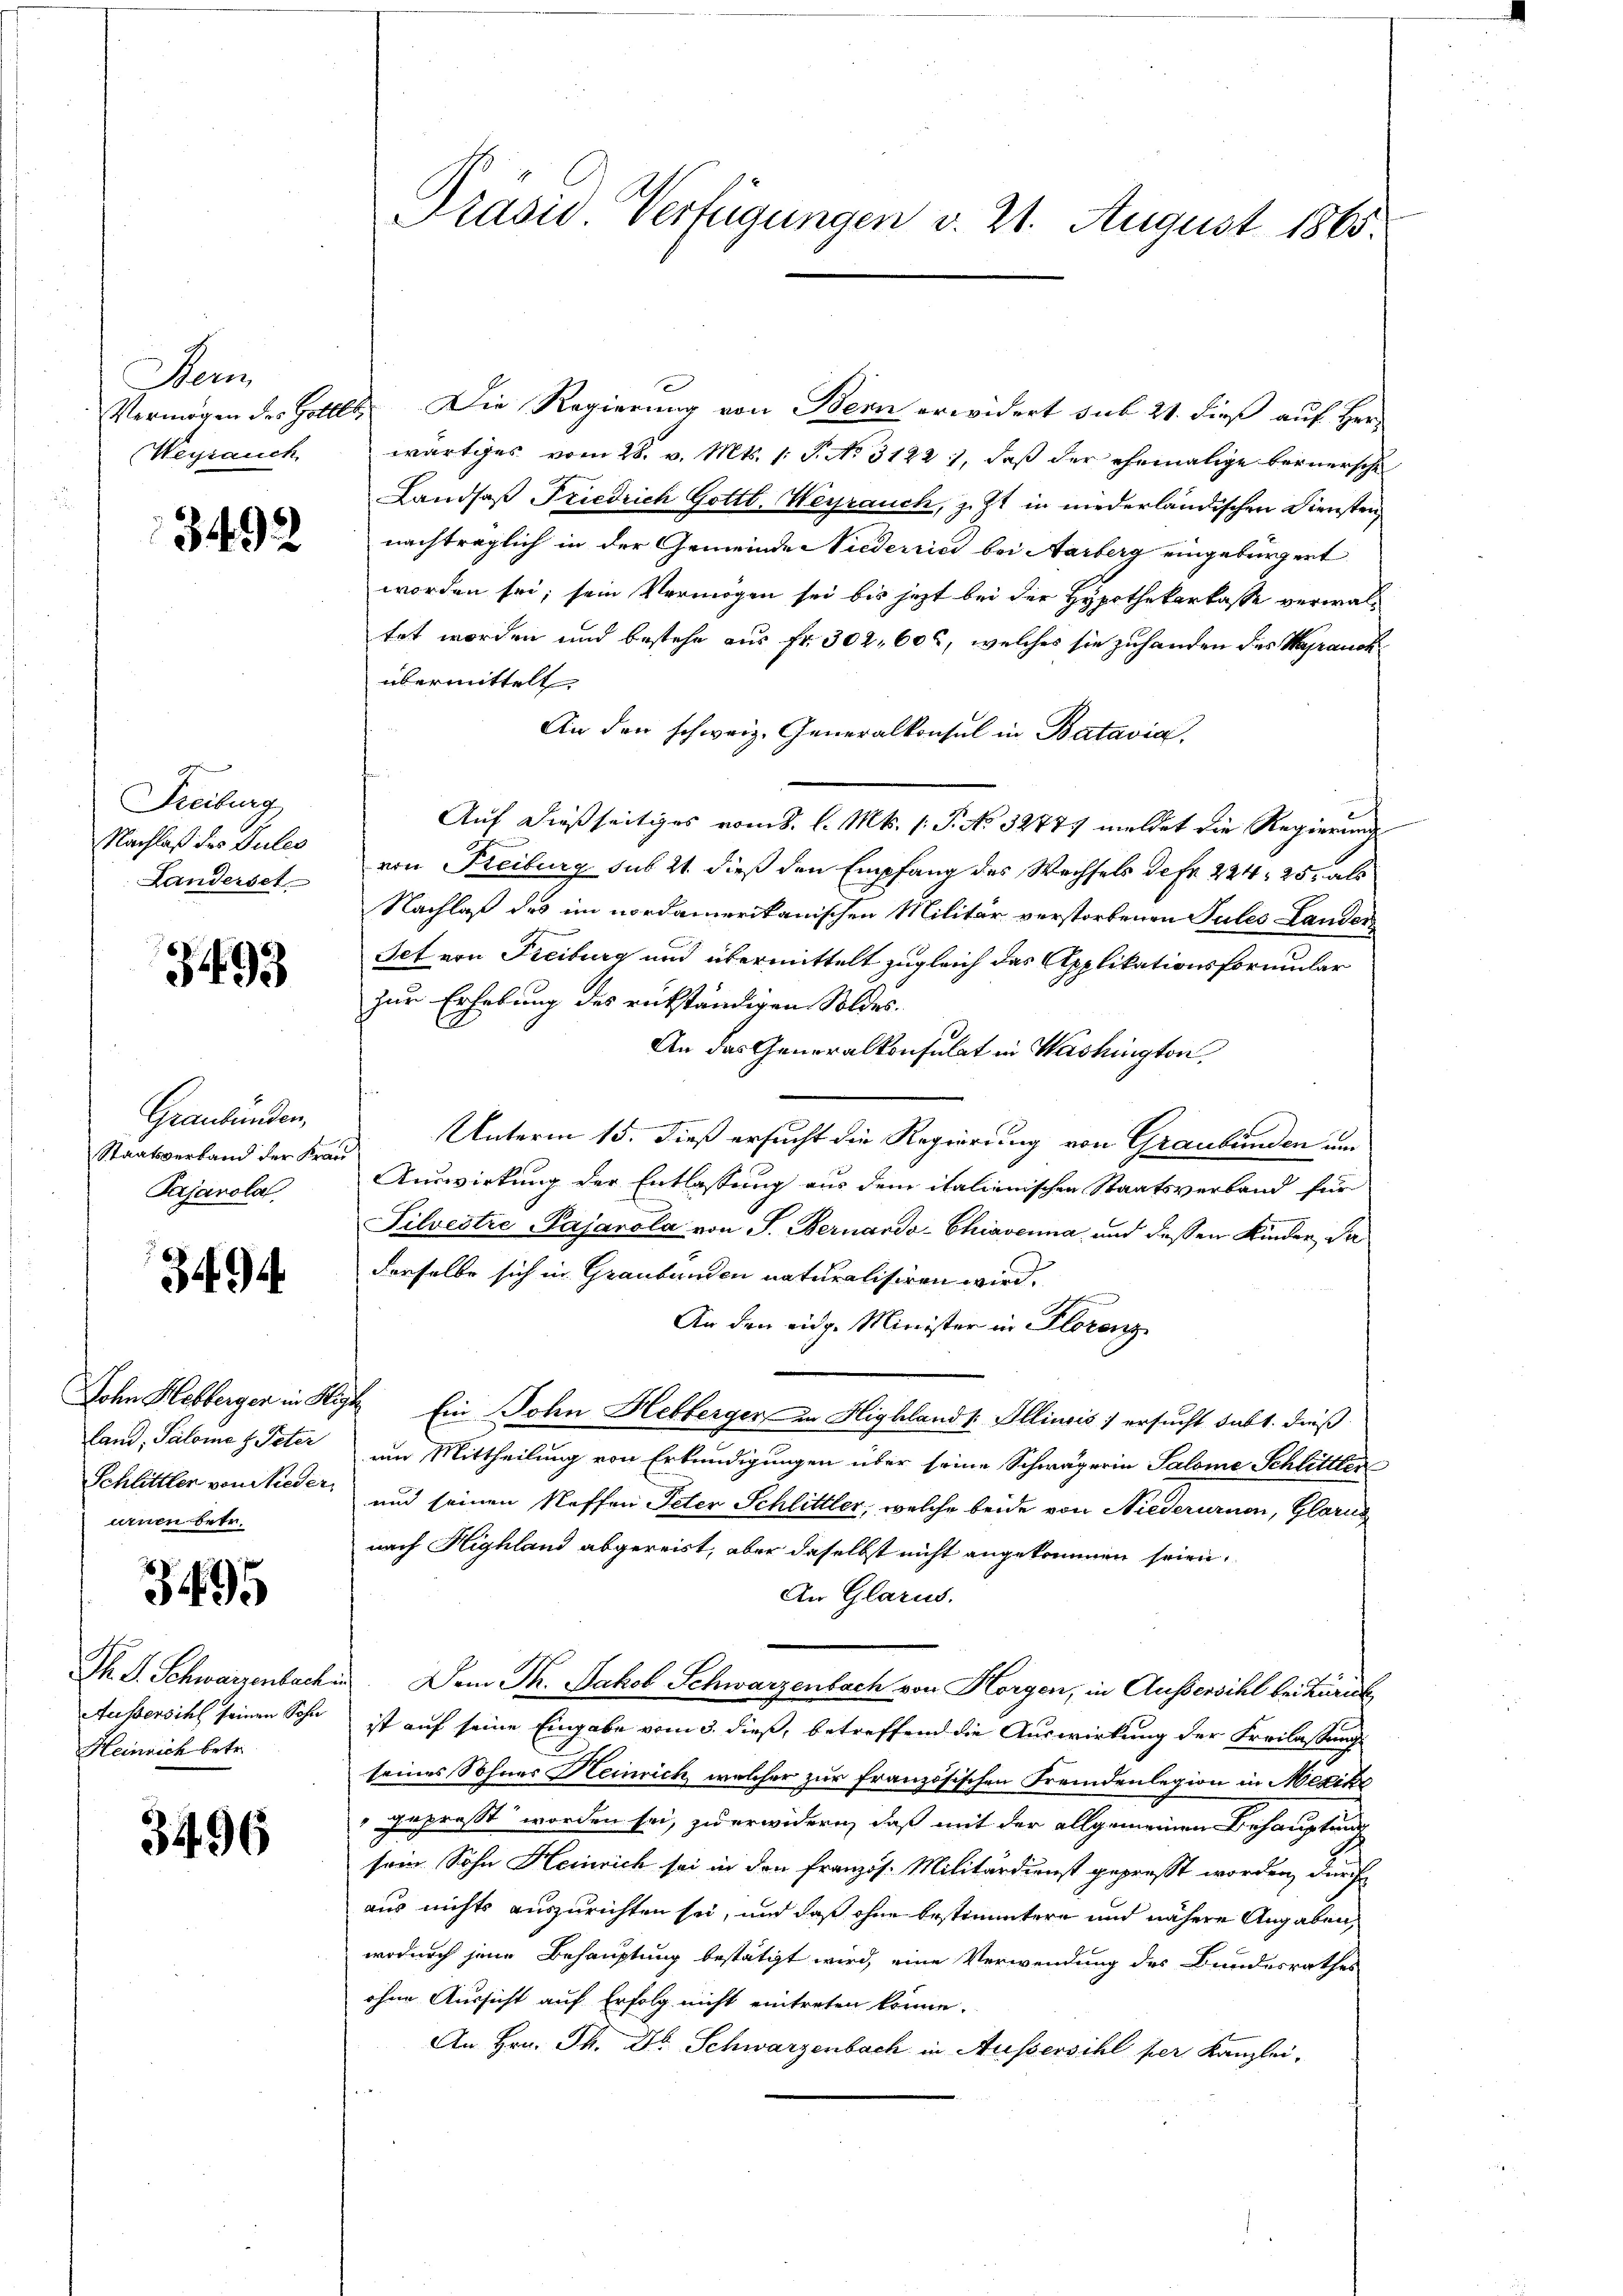
Dem

1349

Freiburg
Nachlaß des Pules

3493

Graubünden,
Staatsverband der Frau
Pajavola

3494

urnen betr.

3495

Heinrich betr.

3496

e
Vermögen des Holllt. Die Regierung von Bern erwidert sub 21. dieß auf Her
Weysauch wärtiges vom 28. v. Mts. 1. P. No. 3122 1, daβ der ehemalige bernersche
Landsaß Friedrich Gottl. Werrauch, z. Zt. in niederländischen Diensten,
nachträglich in der Gemeinder Viederried bei Aarberg eingebürgert
worden sei; sein Vermögen sei bis jetzt bei der Hypothekarkasse verwaltet worden und bestehe aus fr. 302, 600, welches sie zuhanden das Waprauckübermittelt.
An den schweiz. Generalkonsul in Batavia,
Auf dießseitiges vom 8. d. Mts. (: P. No 32777 meldet die Regierung
Landerset- von Freiburg sub 21. dieß den Empfang des Wechsels de fr. 224, 25, als
Nachlaß des im nordamerikanischen Militär verstorbenen Sules Lander
Jet von Freiburg und übermittelt zugleich das Applikationsformular
zur Erhebung des rükständigen Soldes.
An das Generalkonsulat in Washington,
Unterm 15. dieß ersucht die Regierung von Graubünden um
Auswirkung der Entlassung aus dem italienischen Staatsverband für
Silvertre-Pajarola von J. Bernardo-Chiavenna, und deßen Kinder, da
derselbe sich in Graubünden naturalisiren wird.
An den eidg. Minister in Florenz
John Hebberger in High Ein John Hebberger in Highland 1. Illiusis / ersucht subt. dieß
Land, Salome Peter um Mittheilung von Erkundigungen über seine Schwägerin Salome Schlittler
Schlittler von Nieder und seinen Neffen Peter Schlittler, welche beide von Niederurnen, Glarus
nach Highland abgereist, aber daselbst nicht angekommen seien.
An Glarus.
Th. S. Schwarzenbachen. Dem Th. Jakob Schwarzenbach von Horgen, in Aussersihl bei Zürich,
Außersich seinen Sohn ist auf seine Eingabe vom 3. dieß, betreffend die Auswirkung der Freilassung
seines Sohnes Heinrich, welcher zur Französischen Fremdenlegion in Mexiko
gepreßt worden sei, zu erwidern, daß mit der allgemeinen Behauptung
sein Sohn Heinrich sei in den Französ. Militärdienst gepresst worden, durch
aus nichts auszurichten sei, und daß ohne bestimmtere und nähere Angaben,
wodurch jene Behauptung bestätigt wird, eine Verwendung des Bundesrathes
ohne Aussicht auf Erfolg nicht eintreten könne.
An Hrn. Th. Dr Schwarzenbach in Aussersihl per Kanzlei-

Präsid. Verfügungen v. 21. August 1865.